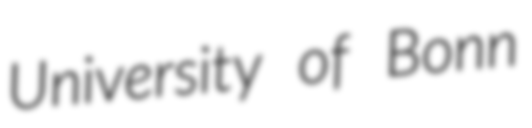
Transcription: University of Bonn